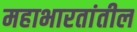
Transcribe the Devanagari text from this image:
महाभारतांतील